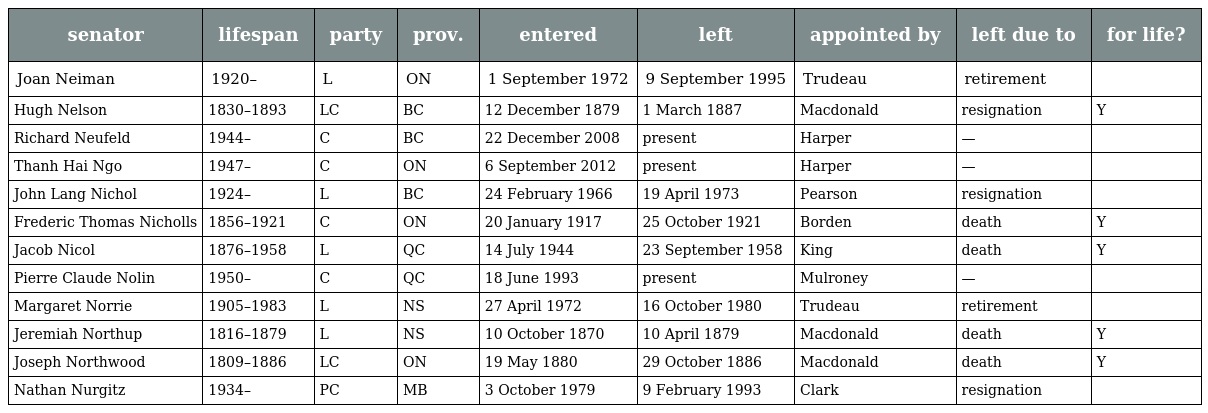
| senator | lifespan | party | prov. | entered | left | appointed by | left due to | for life? |
 | --- | --- | --- | --- | --- | --- | --- | --- | --- |
 | Joan Neiman | 1920– | L | ON | 1 September 1972 | 9 September 1995 | Trudeau | retirement |  |
 | Hugh Nelson | 1830–1893 | LC | BC | 12 December 1879 | 1 March 1887 | Macdonald | resignation | Y |
 | Richard Neufeld | 1944– | C | BC | 22 December 2008 | present | Harper | — |  |
 | Thanh Hai Ngo | 1947– | C | ON | 6 September 2012 | present | Harper | — |  |
 | John Lang Nichol | 1924– | L | BC | 24 February 1966 | 19 April 1973 | Pearson | resignation |  |
 | Frederic Thomas Nicholls | 1856–1921 | C | ON | 20 January 1917 | 25 October 1921 | Borden | death | Y |
 | Jacob Nicol | 1876–1958 | L | QC | 14 July 1944 | 23 September 1958 | King | death | Y |
 | Pierre Claude Nolin | 1950– | C | QC | 18 June 1993 | present | Mulroney | — |  |
 | Margaret Norrie | 1905–1983 | L | NS | 27 April 1972 | 16 October 1980 | Trudeau | retirement |  |
 | Jeremiah Northup | 1816–1879 | L | NS | 10 October 1870 | 10 April 1879 | Macdonald | death | Y |
 | Joseph Northwood | 1809–1886 | LC | ON | 19 May 1880 | 29 October 1886 | Macdonald | death | Y |
 | Nathan Nurgitz | 1934– | PC | MB | 3 October 1979 | 9 February 1993 | Clark | resignation |  |